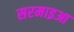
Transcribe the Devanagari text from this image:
सरमाइआ